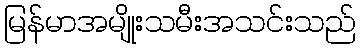
မြန်မာအမျိုးသမီးအသင်းသည်